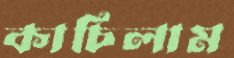
কাচিলাম